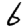
Digit: 6